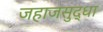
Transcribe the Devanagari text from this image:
जहाजसुद्धा